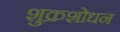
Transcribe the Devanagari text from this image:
शुक्रशोधन